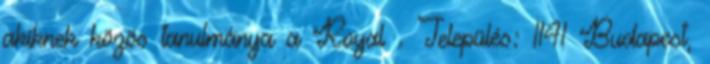
akiknek közös tanulmánya a Royal . Település: 1141 Budapest,